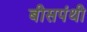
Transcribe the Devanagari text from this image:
बीसपंथी